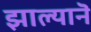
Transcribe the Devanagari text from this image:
झाल्यानॆ